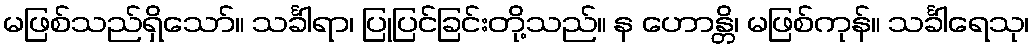
မဖြစ်သည်ရှိသော်။ သင်္ခါရာ၊ ပြုပြင်ခြင်းတို့သည်။ န ဟောန္တိ၊ မဖြစ်ကုန်။ သင်္ခါရေသု၊